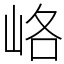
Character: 峈